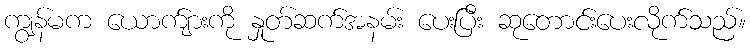
ကျွန်မက ယောက်ျားကို နှုတ်ဆက်အနမ်း ပေးပြီး ဆုတောင်းပေးလိုက်သည်။